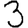
Digit: 3